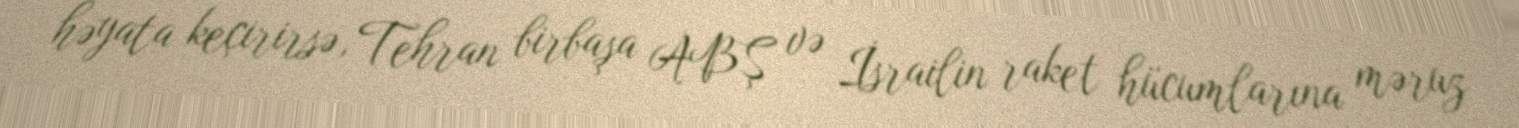
həyata keçirirsə, Tehran birbaşa ABŞ və İsrailin raket hücumlarına məruz